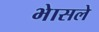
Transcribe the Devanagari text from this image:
भेासले